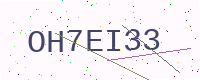
Text: OH7EI33